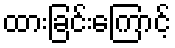
ထားခြင်းကြောင့်